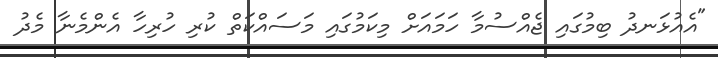
"އެއުޅަނދު ބިމުގައި ޖެއްސުމާ ހަމައަށް މިކަމުގައި މަސައްކަތް ކުރި ހުރިހާ އެންމެނާ މެދު